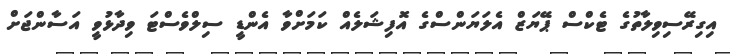
އިގިރޭސިވިލާތުގެ ޓެކްސް ޕޭޔަޒް އެލަޔަންސްގެ އޮފިޝަލެއް ކަމަށްވާ އެންޑީ ސިލްވެސްޓަ ވިދާޅުވީ އަސާންޖަށް